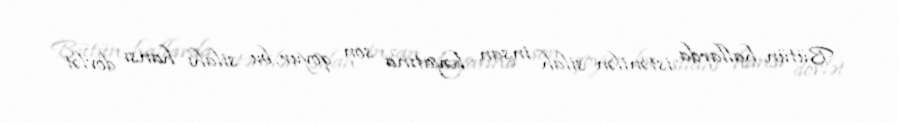
Bütün hallarda istənilən silah insan həyatına son qoyur, bu silahı hansı dövlət